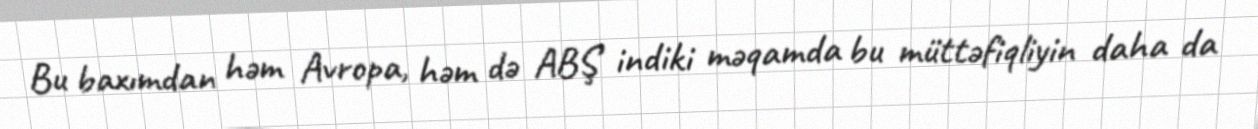
Bu baxımdan həm Avropa, həm də ABŞ indiki məqamda bu müttəfiqliyin daha da